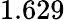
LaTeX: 1.629